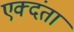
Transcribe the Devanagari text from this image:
एक्दंता